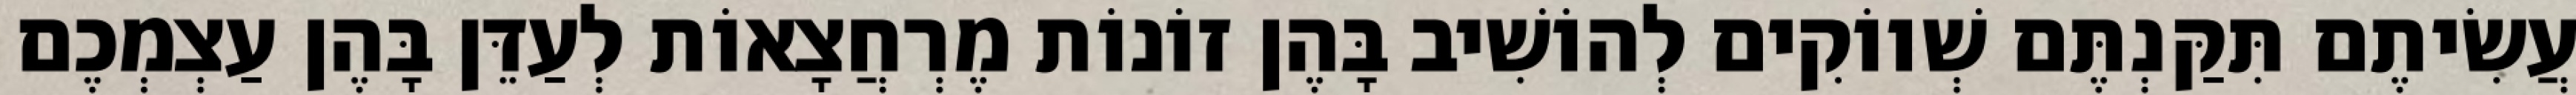
עֲשִׂיתֶם תִּקַּנְתֶּם שְׁווֹקִים לְהוֹשִׁיב בָּהֶן זוֹנוֹת מֶרְחֲצָאוֹת לְעַדֵּן בָּהֶן עַצְמְכֶם